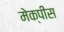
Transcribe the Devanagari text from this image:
मेक्पीस